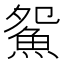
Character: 𱆪